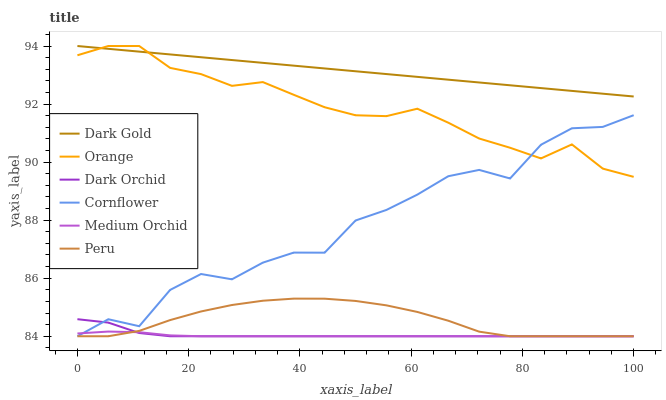
| xaxis_label | Dark Gold | Orange | Dark Orchid | Cornflower | Medium Orchid | Peru |
 | --- | --- | --- | --- | --- | --- | --- |
 | 0 | 94 | 93.7 | 84.6 | 84 | 84.1 | 84 |
 | 5.56 | 93.9 | 94 | 84.5 | 84.6 | 84.2 | 84 |
 | 11.1 | 93.8 | 94 | 84.1 | 84.3 | 84.1 | 84.2 |
 | 16.7 | 93.7 | 93.2 | 84 | 85.6 | 84 | 84.6 |
 | 22.2 | 93.6 | 93 | 84 | 86.1 | 84 | 84.9 |
 | 27.8 | 93.5 | 92.6 | 84 | 86 | 84 | 85.1 |
 | 33.3 | 93.4 | 92.8 | 84 | 86.5 | 84 | 85.2 |
 | 38.9 | 93.3 | 92.3 | 84 | 86.9 | 84 | 85.3 |
 | 44.4 | 93.2 | 91.9 | 84 | 86.9 | 84 | 85.3 |
 | 50 | 93.1 | 91.6 | 84 | 88 | 84 | 85.2 |
 | 55.6 | 93 | 91.6 | 84 | 88.4 | 84 | 85.1 |
 | 61.1 | 92.9 | 91.8 | 84 | 88.9 | 84 | 84.8 |
 | 66.7 | 92.8 | 91.4 | 84 | 89.5 | 84 | 84.5 |
 | 72.2 | 92.7 | 90.8 | 84 | 89.7 | 84 | 84.2 |
 | 77.8 | 92.6 | 90.5 | 84 | 89.4 | 84 | 84 |
 | 83.3 | 92.6 | 90.1 | 84 | 90.6 | 84 | 84 |
 | 88.9 | 92.5 | 90.6 | 84 | 91.2 | 84 | 84 |
 | 94.4 | 92.4 | 89.8 | 84 | 91.2 | 84 | 84 |
 | 100 | 92.3 | 89.5 | 84 | 91.6 | 84 | 84 |